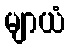
မျာယံ